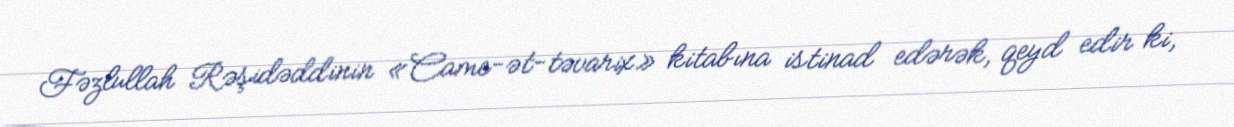
Fəzlullah Rəşidəddinin «Came-ət-təvarix» kitabına istinad edərək, qeyd edir ki,